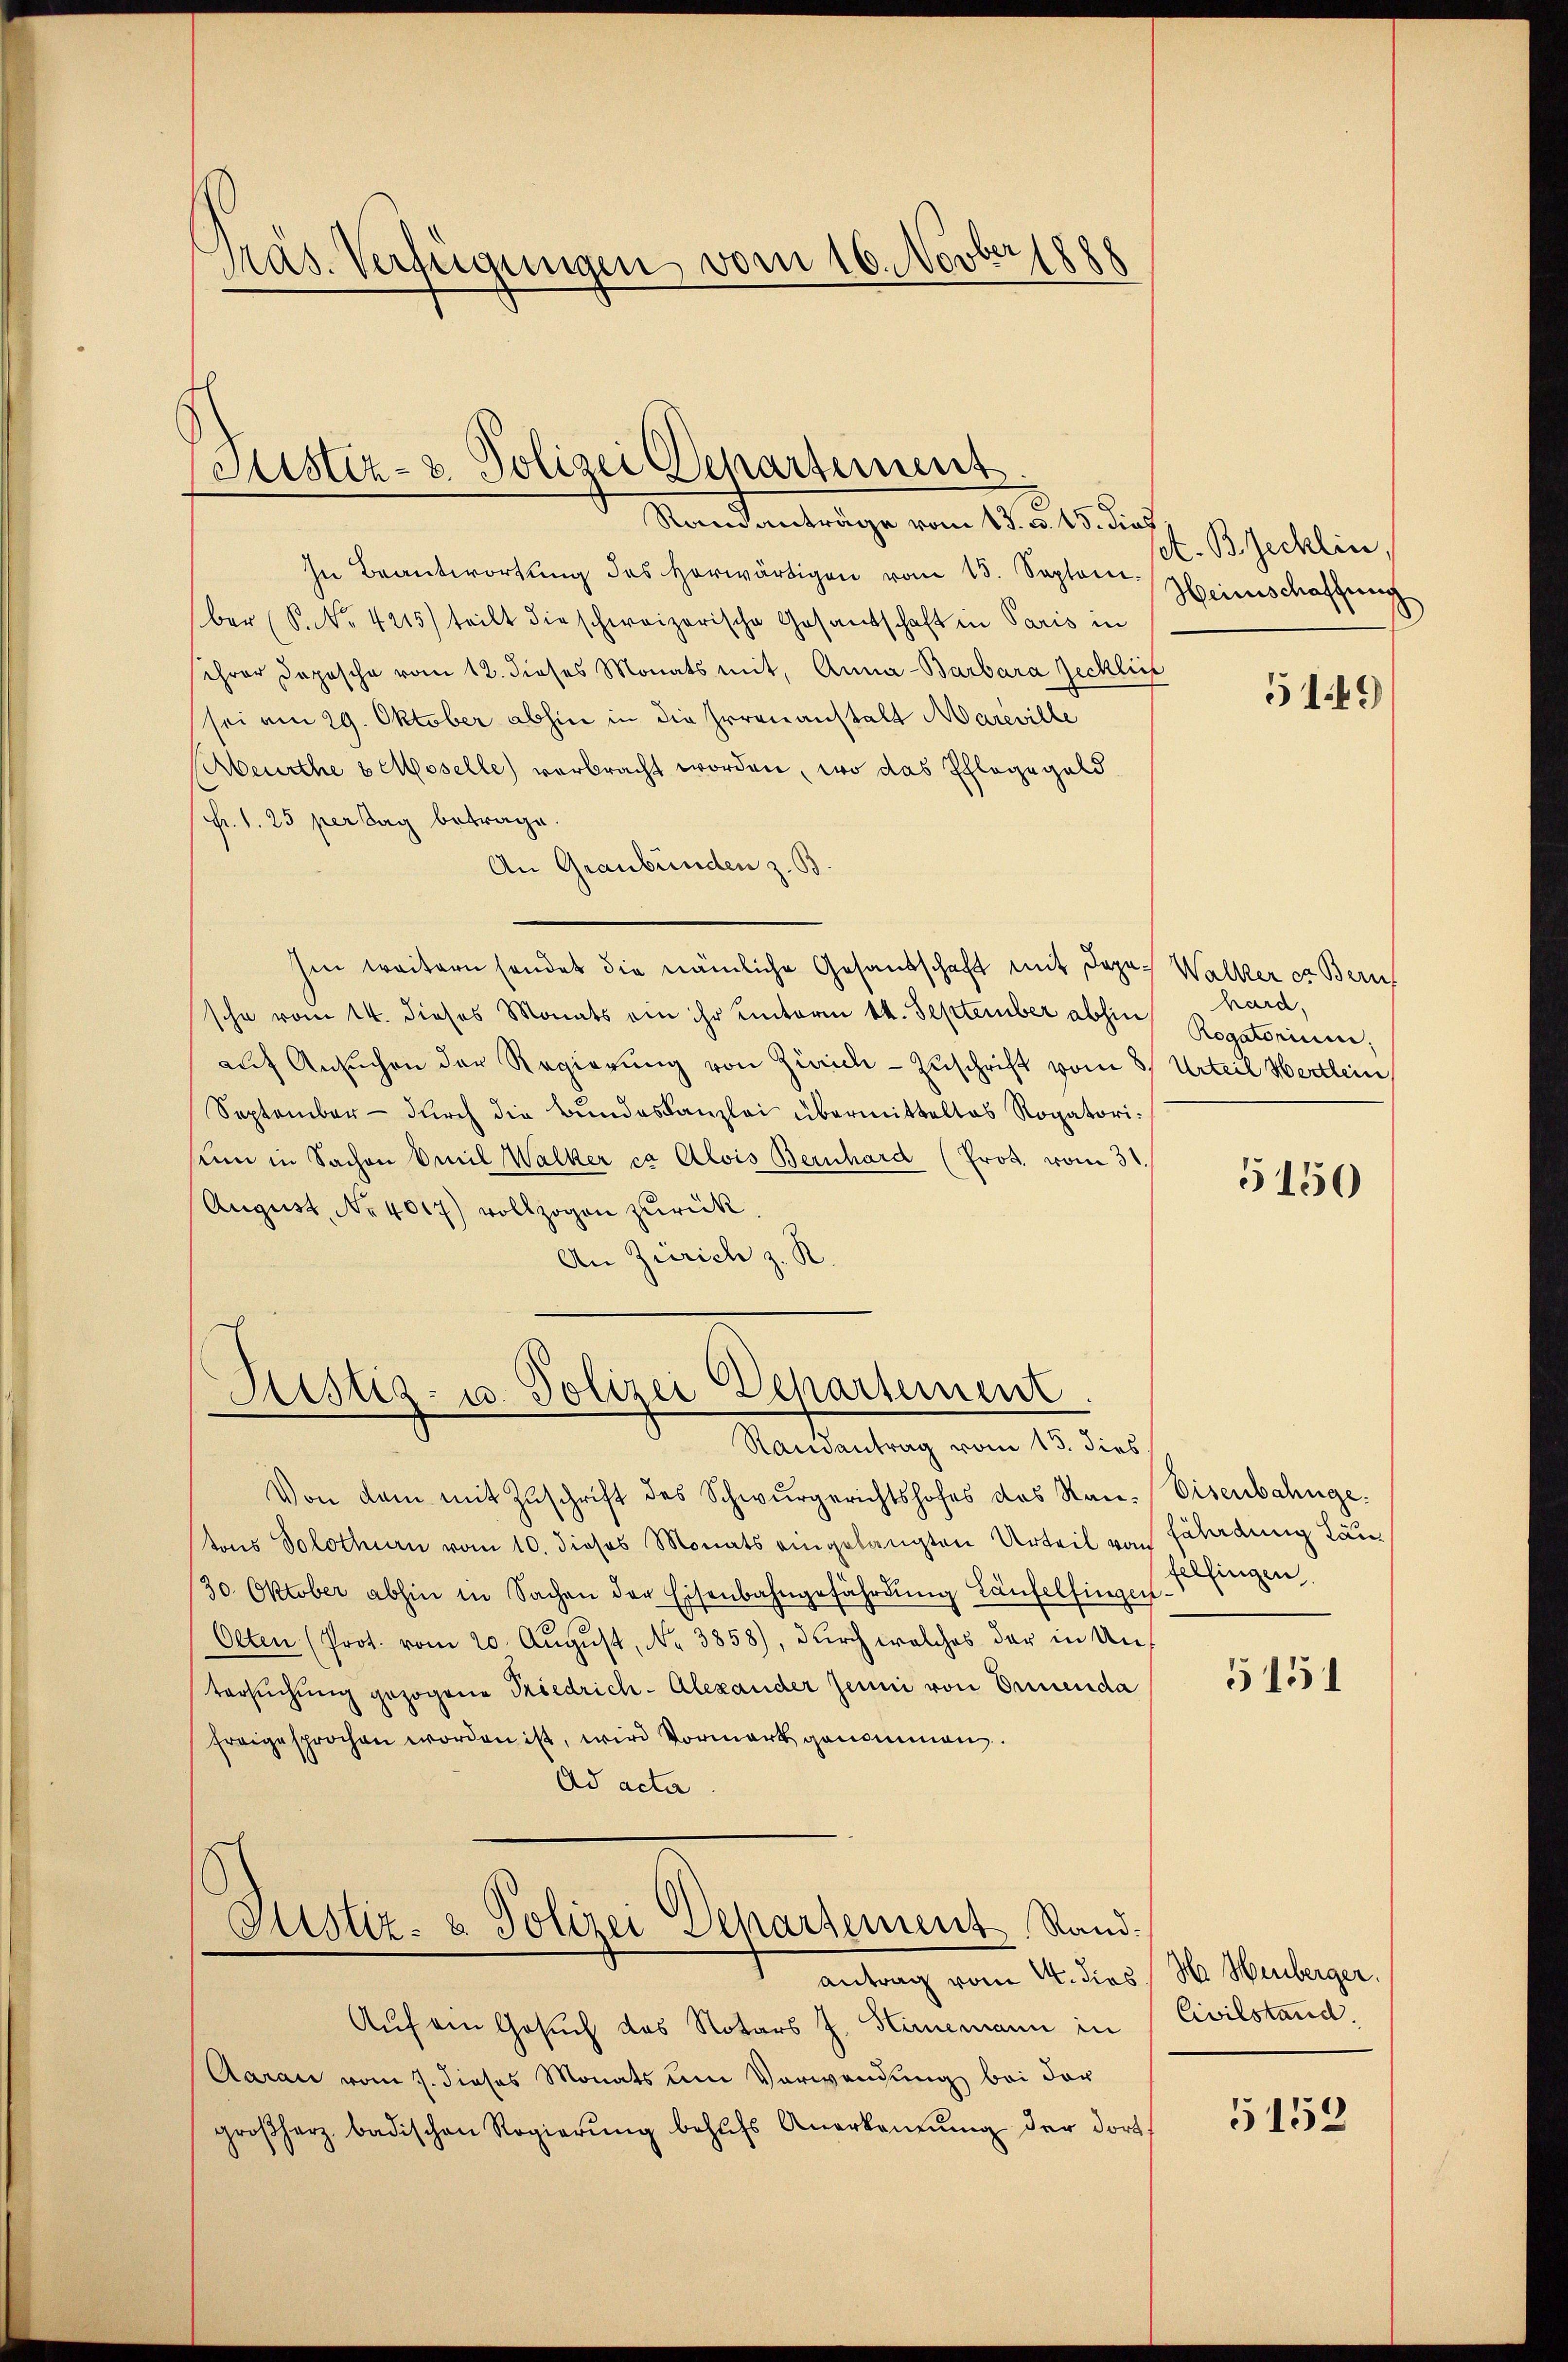
Präs. Verfügungen vom 16. Novber 1888

Coustiz- & Polizei Departement.
Ramanträge vom 13. d. 15. dies

In Beantwortung des herwärtigen vom 15. Septerer Heimschaffung
ber (S. Nr. 4215) teilt die schweizerische Gesandschaft in Paris in
sehrer Doposche vom 12. dieses Monats mit, Anna - Barbara Jecklic
sei am 29. Oktober abhin in die Irrenanstalt Mareville
beurthe u Moselle) verbracht worden, wo das Schlagegeld
(Fr. 1. 25 perstag betrage.
An Graubünden z. B
Ien weitern sonder die nämliche Gesandschaft mit Japan Walker es Bern
sche vom 14. dieses Monats ein ihr hinterm 14. September abhin
auf Ansuchen der Regierung von Zürich - Zuschrift vom 8. Urteil Wertlein
September - durch die Bundeskanzlei übermitteltas Rogatorisinn in Sachen Emil Walker ca Alois Bernhard (Pros. vom 31.
August, Nr. 4017) vollzogen zurück
An Zürich z. R.

Justiz- u. Polizei Departement.
Randantrag vom 15. dies

Von dem mit Zŭschrift des Schwurgerichtshofes des Rau-Eisenbahnge
tons Solothurn vom 10. dieses Monats eingelangten Urteil von
30. Oktober abhin in Sachen der Eisenbahngefährdung Laufelfingen.
Olten (Prot. vom 20. Aŭgŭst, Nr. 3858), durch welches der in Antersuchung gezogene Friedrich-Alexander Jenni von Ernenda
freigesprochen worden ist, wird Vormerk genommen.
Ad acta
Justiz- & Polizei Departement Sandantrag vom 4. dies H. Heuberger.
Auf ein Gesuch das Notars J. Hinemann in Civilstand,
Aarau vom 7. dieses Monats um Verwendung bei der
großherz badischen Regierŭng behŭfs Anerkennung der dort

set. Bechlin,

5149

hard,
Rogatorium,

5150

fährdung Lanfelfingen.

5151

5152